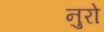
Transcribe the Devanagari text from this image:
नुरो